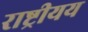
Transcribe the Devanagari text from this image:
राष्ट्रीयय